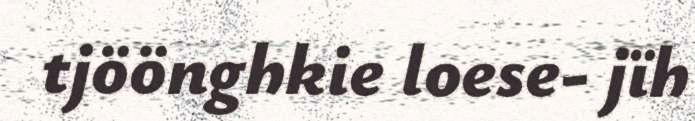
tjöönghkie loese- jïh